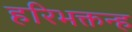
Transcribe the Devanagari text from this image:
हरिभक्तन्ह